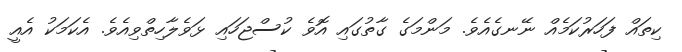
ކިތައް ފަހަރުކަމެއް ނޭނގެއެވެ. މަންމަގެ ގާތުގައި އޮވެ ކުސްޖަހައި ޅަވެލާހިތްވިއެވެ. އެކަމަކު އެއީ